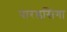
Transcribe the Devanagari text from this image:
पारडसिंगा